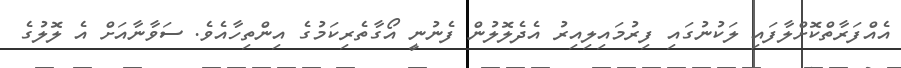
އެއްފަރާތްކޮށްލާފައި ލަކުނުގައި ފިރުމައިލިއިރު އެދެލޮލުން ފެނުނީ އޯގާތެރިކަމުގެ އިންތިހާއެވެ. ސަވާނާއަށް އެ ލޮލުގެ